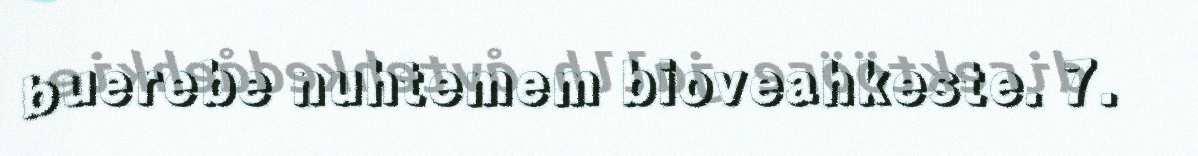
buerebe nuhtemem bioveahkeste. 7.